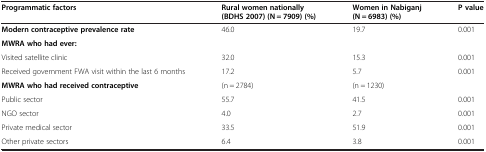
| Programmatic factors | Rural women nationally (BDHS 2007) (N = 7909) (%) | Women in Nabiganj (N = 6983) (%) | P value |
 | --- | --- | --- | --- |
 | Modern contraceptive prevalence rate | 46.0 | 19.7 | 0.001 |
 | MWRA who had ever: |  |  |  |
 | Visited satellite clinic | 32.0 | 15.3 | 0.001 |
 | Received government FWA visit within the last 6 months | 17.2 | 5.7 | 0.001 |
 | MWRA who had received contraceptive | (n = 2784) | (n = 1230) |  |
 | Public sector | 55.7 | 41.5 | 0.001 |
 | NGO sector | 4.0 | 2.7 | 0.001 |
 | Private medical sector | 33.5 | 51.9 | 0.001 |
 | Other private sectors | 6.4 | 3.8 | 0.001 |